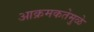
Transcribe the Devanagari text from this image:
आक्रमकतेमुळे